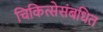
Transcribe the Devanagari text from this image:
चिकित्सेसंबधित